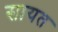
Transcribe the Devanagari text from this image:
सायत